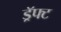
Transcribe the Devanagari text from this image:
ड्रॅफ्ट